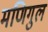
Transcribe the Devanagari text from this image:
मणिगुल